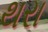
થરા